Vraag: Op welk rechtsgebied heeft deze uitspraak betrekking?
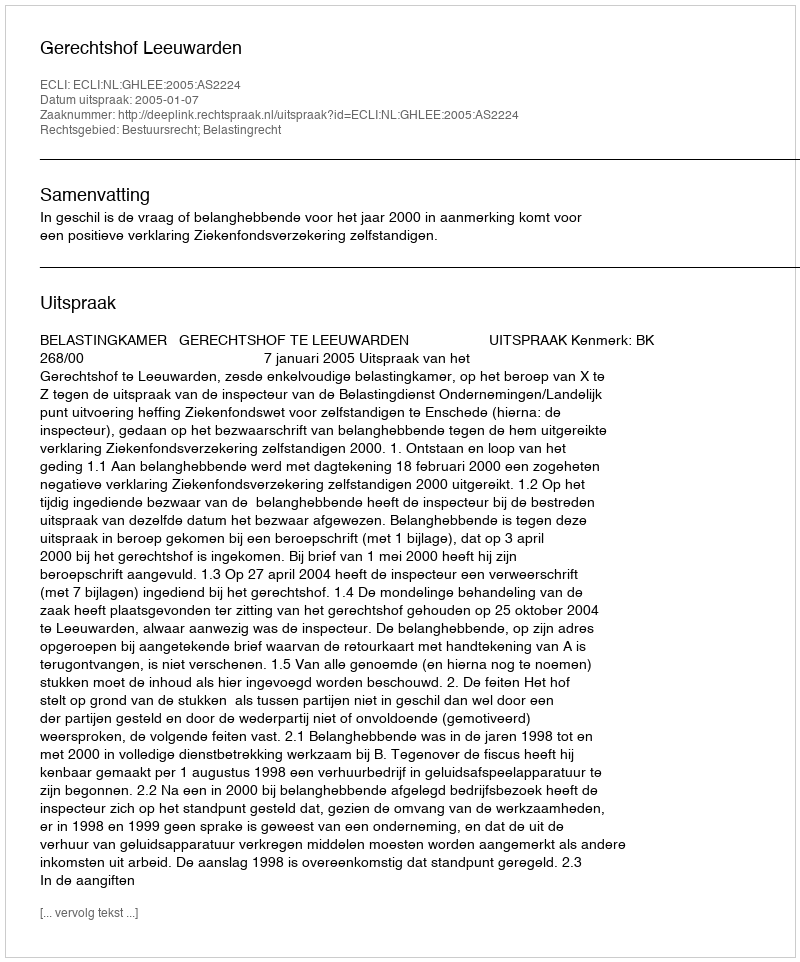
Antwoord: Bestuursrecht; Belastingrecht